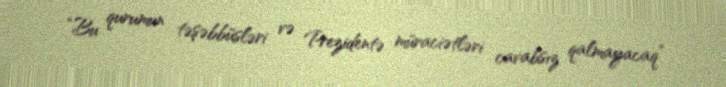
“Bu qurumun təşəbbüsləri və Prezidentə müraciətləri cavabsız qalmayacaq”